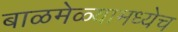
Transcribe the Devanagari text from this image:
बाळमेळ्यामध्येच